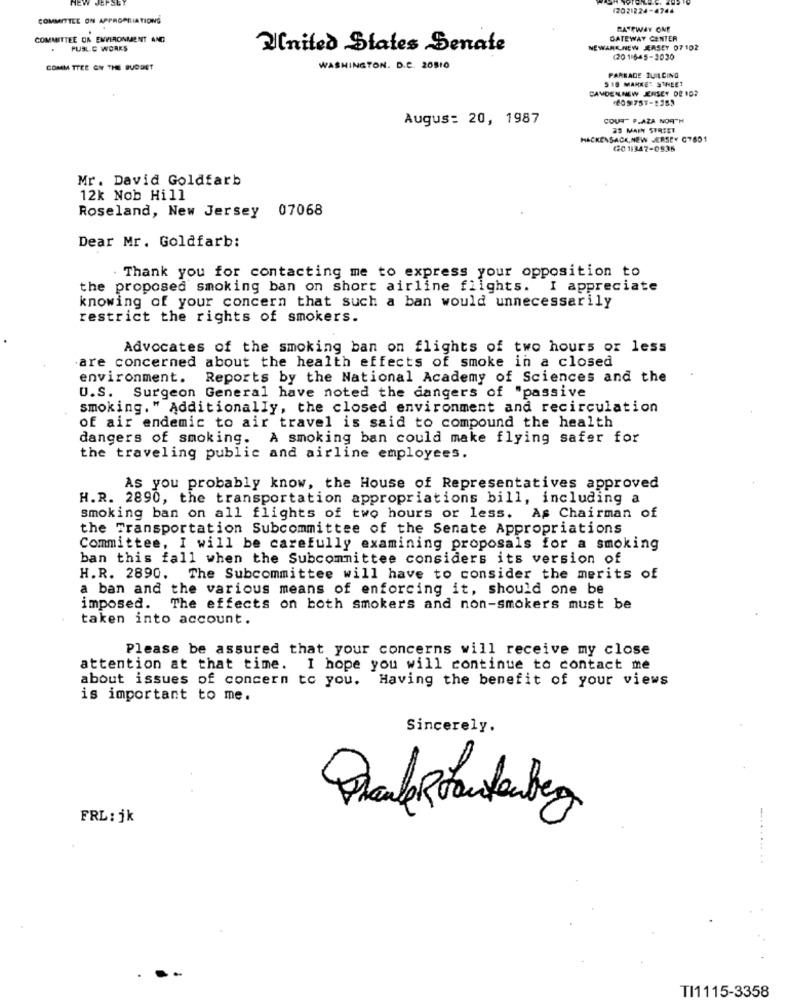
JEPSE
12021224-4744
COMMITTEE ON APPROPRIATIONS
PATTWAY ONE
COMMITTEE ON ENVIRONMENT AND
GATEWAY CENTER
PUBLIC WORKS
United States Senate
NEWARK NEW JERSEY 07 102
(201645-2030
COMM TTEE GN THE BUDGET
WASHINGTON. D.C. 20810
518 MARKET STREET
PARKADE JULCING
CAMDENNEW JERSEY DE 10?
Augus: 20, 1987
COUT" P.AZA NORTH
29 MAIN STREET
HACKENSACK,NEW JERSEY G7601
420 11347-0535
Mr. David Goldfarb
12k Nob Hill
Roseland, New Jersey 07068
Dear Mr. Goldfarb:
. Thank you for contacting me to express your opposition to
the proposed smoking ban on short airline flights. I appreciate
knowing of your concern that such a ban would unnecessarily
restrict the rights of smokers.
Advocates of the smoking ban on flights of two hours or less
are concerned about the health effects of smoke in a closed
environment.
Reports by the National Academy of Sciences and the
U.S. Surgeon General have noted the dangers of "passive
smoking. " Additionally, the closed environment and recirculation
of air endemic to air travel is said to compound the health
dangers of smoking. A smoking ban could make flying safer for
the traveling public and airline employees.
As you probably know, the House of Representatives approved
H.R. 2890, the transportation appropriations bill, including a
smoking ban on all flights of two hours or less. As Chairman of
the Transportation Subcommittee of the Senate Appropriations
Committee, I will be carefully examining proposals for a smoking
ban this fall when the Subcommittee considers its version of
H.R. 2890. The Subcommittee will have to consider the merits of
a ban and the various means of enforcing it, should one be
imposed.
The effects on both smokers and non-smokers must be
taken into account.
Please be assured that your concerns will receive my close
attention at that time. I hope you will continue to contact me
about issues of concern to you. Having the benefit of your views
is important to me.
Sincerely.
Phanle staufenberg
FRL: jk
TI1115-3358